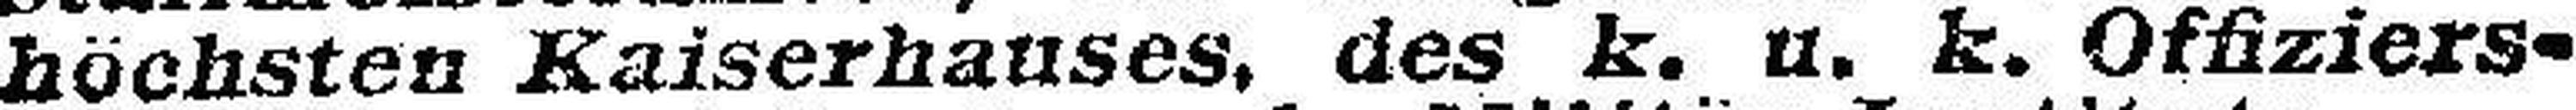
höchsten Kaiserhauses, des k. u. k. Offiziers¬